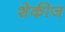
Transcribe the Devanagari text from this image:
शेकीज